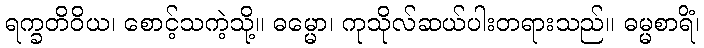
ရက္ခတိဝိယ၊ စောင့်သကဲ့သို့။ ဓမ္မော၊ ကုသိုလ်ဆယ်ပါးတရားသည်။ ဓမ္မစာရိံ၊